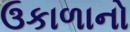
ઉકાળાનો